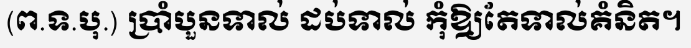
(ព.ទ.បុ.) ប្រាំបួនទាល់ ដប់ទាល់ កុំឱ្យតែទាល់គំនិត។